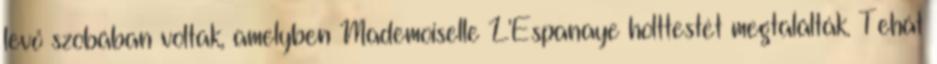
levő szobában voltak, amelyben Mademoiselle L'Espanaye holttestét megtalálták. Tehát